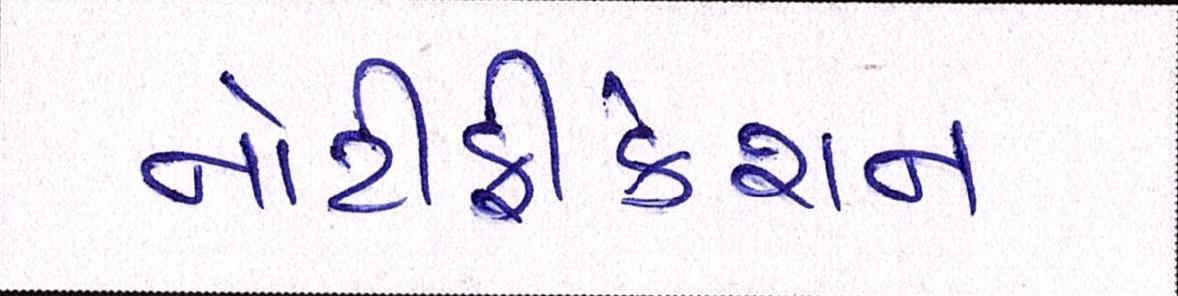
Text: નોટીફીકેશન